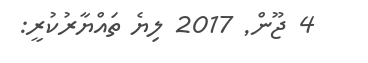
4 ޖޫން